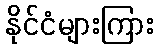
နိုင်ငံများကြား